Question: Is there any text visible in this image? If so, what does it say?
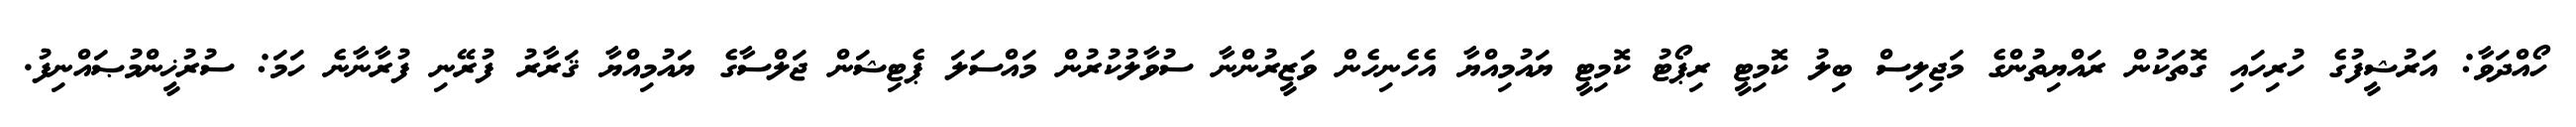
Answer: ހޯއްދަވާ: އަރުޝީފުގެ ހުރިހައި ގޮތަކުން ރައްޔިތުންގެ މަޖިލިސް ބިލު ކޮމިޓީ ރިޕޯޓު ކޮމިޓީ ޔައުމިއްޔާ އެހެނިހެން ވަޒީރުންނާ ސުވާލުކުރުން މައްސަލަ ޕެޓިޝަން ޖަލްސާގެ ޔައުމިއްޔާ ޤަރާރު ފުރޭނި ފުރާނާނެ ހަމަ: ސުރުޚީންމުޞައްނިފު.